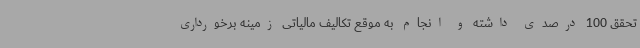
تحقق 100 درصدی داشته و انجام به موقع تکالیف مالیاتی زمینه برخورداری